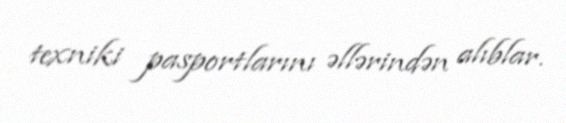
texniki pasportlarını əllərindən alıblar.